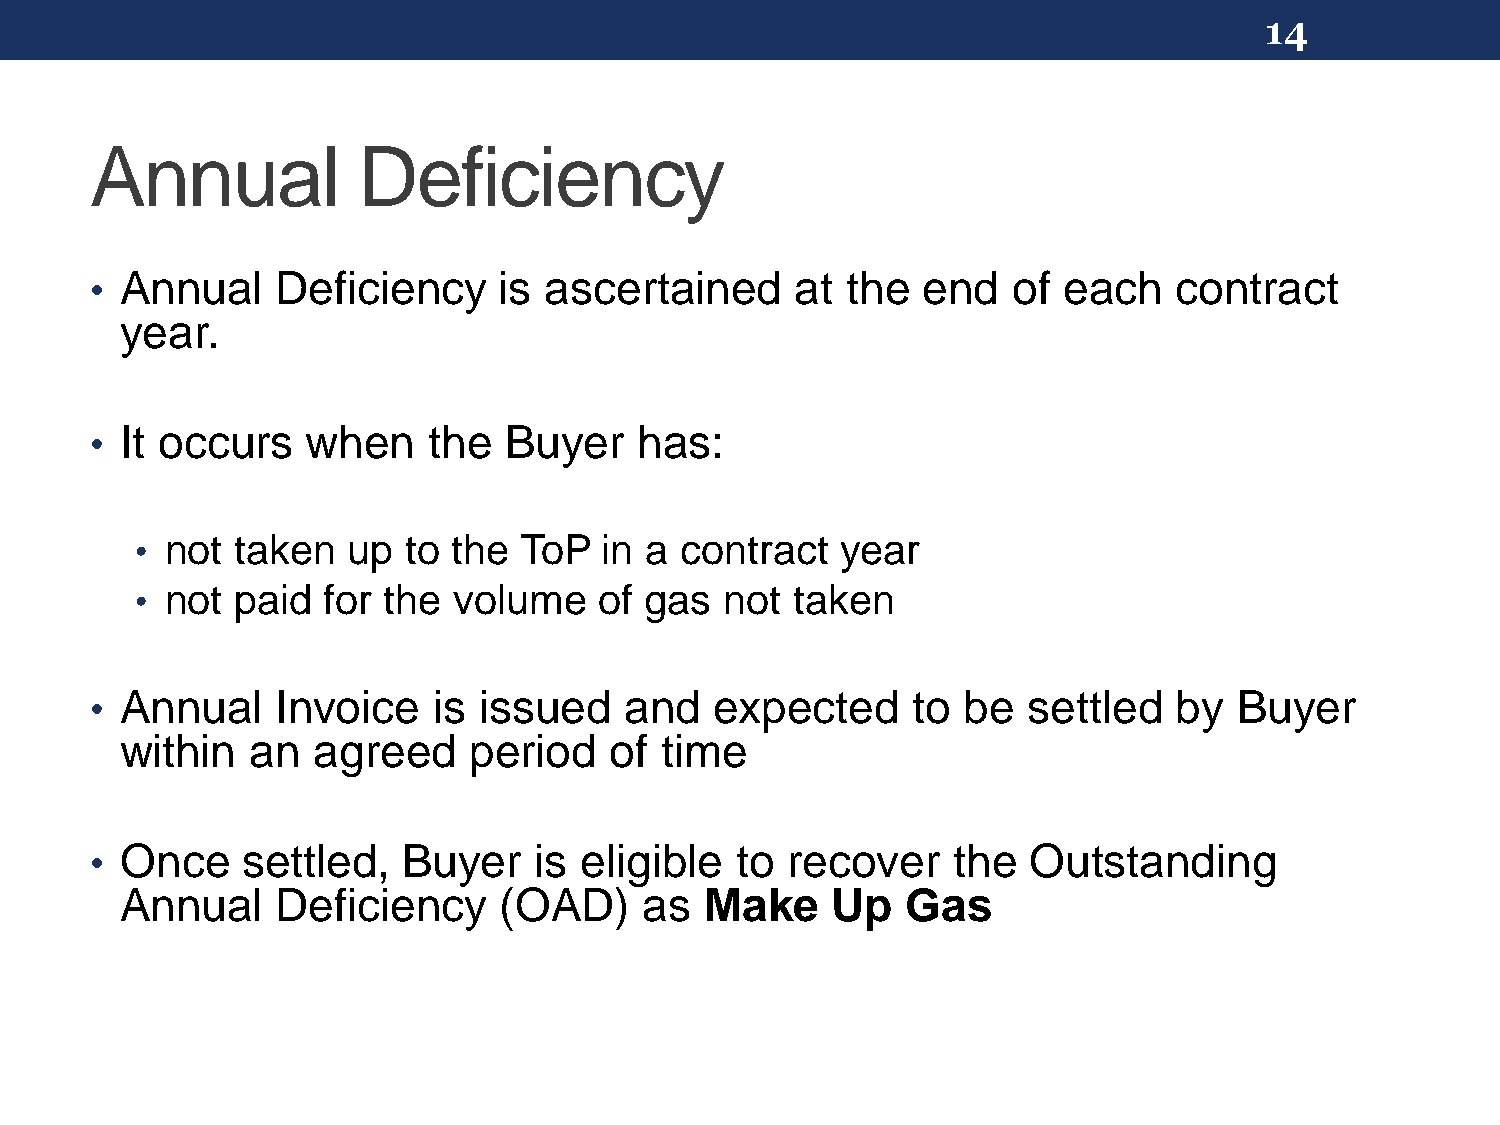
14
 Annual            Deficiency
 • Annual    Deficiency     is ascertained      at the  end   of each    contract
 year.
 • It occurs   when    the  Buyer    has:
 • not  taken  up  to the ToP   in a contract   year
 • not  paid for the  volume    of gas  not  taken
 • Annual    Invoice    is issued   and   expected     to  be  settled   by  Buyer
 within   an  agreed    period   of  time
 • Once    settled,   Buyer   is eligible   to recover    the  Outstanding
 Annual    Deficiency     (OAD)     as  Make    Up   Gas